Vaccination report Assam 1896-1927 - 1896-1927
Year: 1896
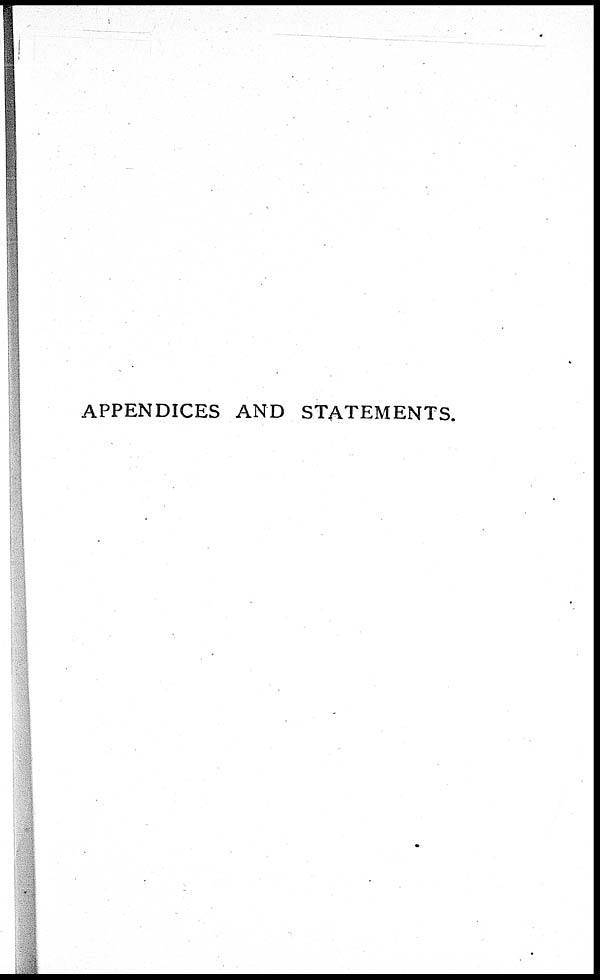
APPENDICES AND STATEMENTS.